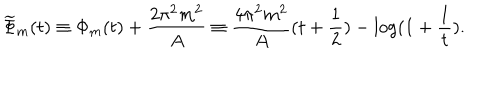
\widetilde { \Phi } _ { m } ( t ) \equiv \Phi _ { m } ( t ) + \frac { 2 \pi ^ { 2 } m ^ { 2 } } { A } \equiv \frac { 4 \pi ^ { 2 } m ^ { 2 } } { A } ( t + \frac { 1 } { 2 } ) - \log ( 1 + \frac { 1 } { t } ) .